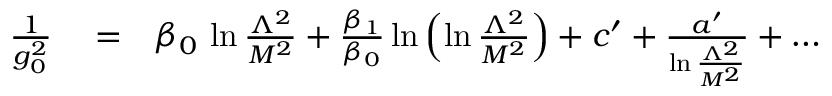
\begin{array} { r l r } { { \frac { 1 } { g _ { 0 } ^ { 2 } } } } & { { } = } & { \beta _ { 0 } \, \ln { \frac { \Lambda ^ { 2 } } { M ^ { 2 } } } + { \frac { \beta _ { 1 } } { \beta _ { 0 } } } \ln \left( \ln { \frac { \Lambda ^ { 2 } } { M ^ { 2 } } } \right) + c ^ { \prime } + { \frac { a ^ { \prime } } { \ln { \frac { \Lambda ^ { 2 } } { M ^ { 2 } } } } } + \dots } \end{array}